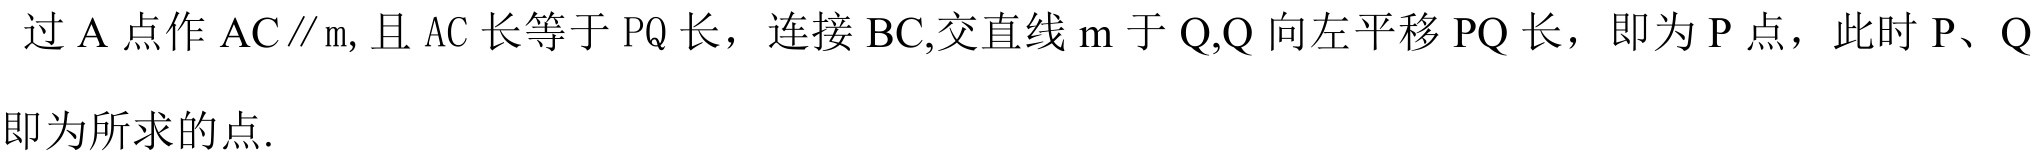
过\(A\)点作\(AC\parallel m\), 且\(AC\)长等于\(PQ\)长，连接\(BC\),交直线\(m\)于\(Q\),\(Q\)向左平移\(PQ\)长，即为\(P\)点，此时\(P\)、\(Q\)即为所求的点.